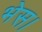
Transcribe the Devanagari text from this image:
भेस।